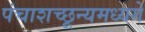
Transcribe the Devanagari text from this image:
पंचाशच्छून्यमध्यगे